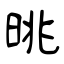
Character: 晀